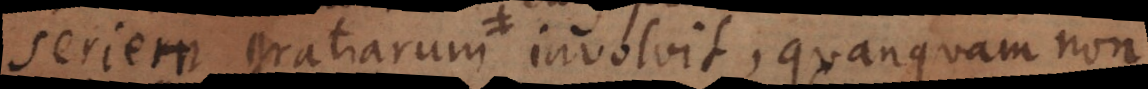
seriem gratiarum involvit, quanquam non